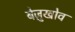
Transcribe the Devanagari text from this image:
बेज़ुखोव